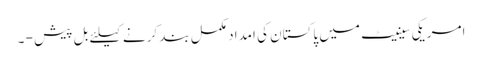
امریکی سینیٹ میں پاکستان کی امداد مکمل بند کرنے کیلئے بل پیش - ۔